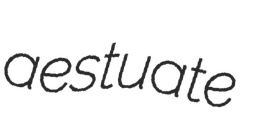
aestuate